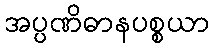
အပ္ပဏိဓာနပစ္စယာ